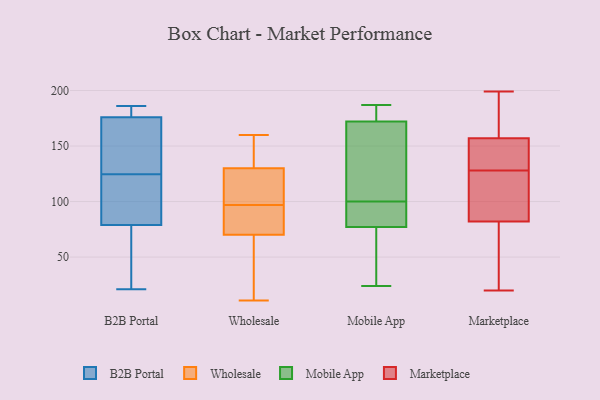
{"axis": {"x": "Population (Million)", "y": "Value"}, "legend": ["B2B Portal", "Marketplace", "Mobile App", "Wholesale"], "data": [{"x": "", "y": 79, "type": "B2B Portal"}, {"x": "", "y": 75, "type": "B2B Portal"}, {"x": "", "y": 186, "type": "B2B Portal"}, {"x": "", "y": 130, "type": "B2B Portal"}, {"x": "", "y": 142, "type": "B2B Portal"}, {"x": "", "y": 95, "type": "B2B Portal"}, {"x": "", "y": 138, "type": "B2B Portal"}, {"x": "", "y": 67, "type": "B2B Portal"}, {"x": "", "y": 32, "type": "B2B Portal"}, {"x": "", "y": 181, "type": "B2B Portal"}, {"x": "", "y": 176, "type": "B2B Portal"}, {"x": "", "y": 21, "type": "B2B Portal"}, {"x": "", "y": 111, "type": "B2B Portal"}, {"x": "", "y": 119, "type": "B2B Portal"}, {"x": "", "y": 176, "type": "B2B Portal"}, {"x": "", "y": 185, "type": "B2B Portal"}, {"x": "", "y": 113, "type": "B2B Portal"}, {"x": "", "y": 134, "type": "B2B Portal"}, {"x": "", "y": 149, "type": "Wholesale"}, {"x": "", "y": 71, "type": "Wholesale"}, {"x": "", "y": 34, "type": "Wholesale"}, {"x": "", "y": 43, "type": "Wholesale"}, {"x": "", "y": 160, "type": "Wholesale"}, {"x": "", "y": 122, "type": "Wholesale"}, {"x": "", "y": 138, "type": "Wholesale"}, {"x": "", "y": 72, "type": "Wholesale"}, {"x": "", "y": 93, "type": "Wholesale"}, {"x": "", "y": 88, "type": "Wholesale"}, {"x": "", "y": 110, "type": "Wholesale"}, {"x": "", "y": 160, "type": "Wholesale"}, {"x": "", "y": 69, "type": "Wholesale"}, {"x": "", "y": 11, "type": "Wholesale"}, {"x": "", "y": 101, "type": "Wholesale"}, {"x": "", "y": 122, "type": "Wholesale"}, {"x": "", "y": 83, "type": "Mobile App"}, {"x": "", "y": 99, "type": "Mobile App"}, {"x": "", "y": 101, "type": "Mobile App"}, {"x": "", "y": 176, "type": "Mobile App"}, {"x": "", "y": 166, "type": "Mobile App"}, {"x": "", "y": 187, "type": "Mobile App"}, {"x": "", "y": 30, "type": "Mobile App"}, {"x": "", "y": 182, "type": "Mobile App"}, {"x": "", "y": 132, "type": "Mobile App"}, {"x": "", "y": 88, "type": "Mobile App"}, {"x": "", "y": 24, "type": "Mobile App"}, {"x": "", "y": 172, "type": "Mobile App"}, {"x": "", "y": 68, "type": "Mobile App"}, {"x": "", "y": 77, "type": "Mobile App"}, {"x": "", "y": 157, "type": "Marketplace"}, {"x": "", "y": 109, "type": "Marketplace"}, {"x": "", "y": 82, "type": "Marketplace"}, {"x": "", "y": 199, "type": "Marketplace"}, {"x": "", "y": 193, "type": "Marketplace"}, {"x": "", "y": 41, "type": "Marketplace"}, {"x": "", "y": 20, "type": "Marketplace"}, {"x": "", "y": 149, "type": "Marketplace"}, {"x": "", "y": 101, "type": "Marketplace"}, {"x": "", "y": 147, "type": "Marketplace"}]}